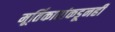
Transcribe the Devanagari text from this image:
मूर्तिकारांकडूनही